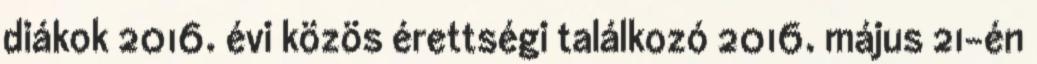
diákok 2016. évi közös érettségi találkozó 2016. május 21-én